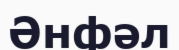
Әнфәл